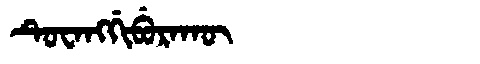
Manchu: ᡨᡠᠸᠠᠩᡤᡳᠪᡠᡵᠠᡴᡡ
Romanization: TUWANGGIBURAKŪ